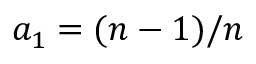
a _ { 1 } = ( n - 1 ) / n